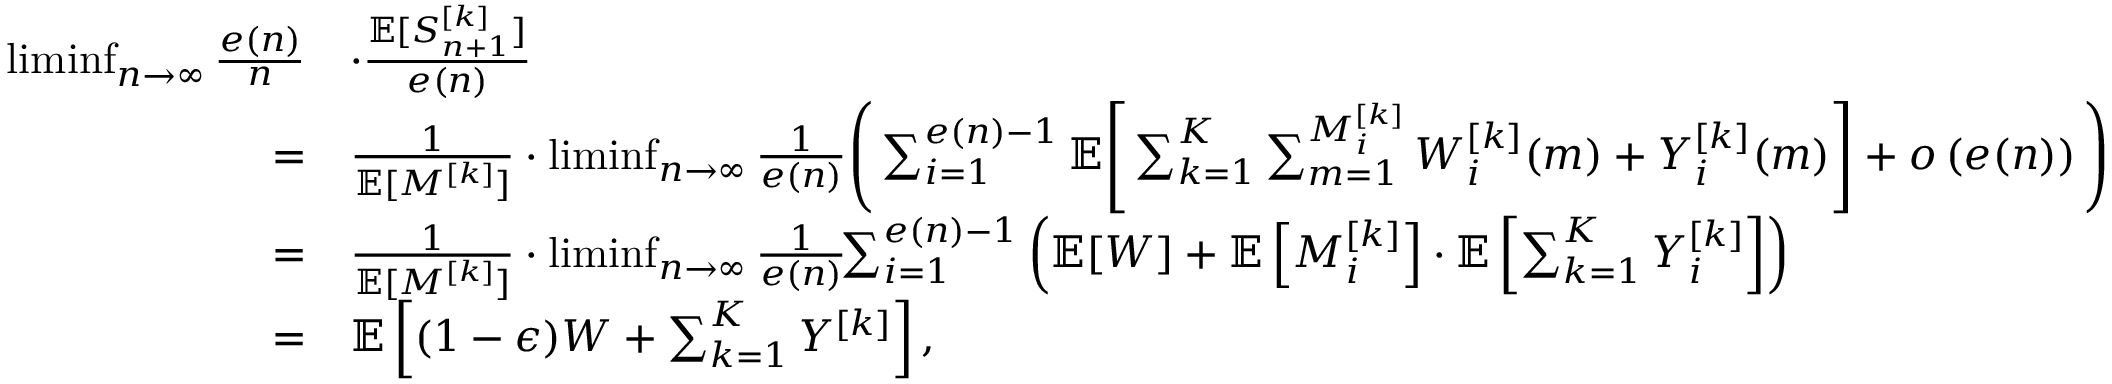
\begin{array} { r l } { \operatorname* { l i m i n f } _ { n \rightarrow \infty } \frac { e ( n ) } { n } } & { \cdot \frac { { \mathbb { E } } [ S _ { n + 1 } ^ { [ k ] } ] } { e ( n ) } } \\ { = } & { \frac { 1 } { { \mathbb { E } } [ M ^ { [ k ] } ] } \cdot \operatorname* { l i m i n f } _ { n \rightarrow \infty } \frac { 1 } { e ( n ) } \Bigg ( \sum _ { i = 1 } ^ { e ( n ) - 1 } { \mathbb { E } } \Bigg [ \sum _ { k = 1 } ^ { K } \sum _ { m = 1 } ^ { M _ { i } ^ { [ k ] } } W _ { i } ^ { [ k ] } ( m ) + Y _ { i } ^ { [ k ] } ( m ) \Bigg ] + o \left( e ( n ) \right) \Bigg ) } \\ { = } & { \frac { 1 } { { \mathbb { E } } [ M ^ { [ k ] } ] } \cdot \operatorname* { l i m i n f } _ { n \rightarrow \infty } \frac { 1 } { e ( n ) } \! \! \sum _ { i = 1 } ^ { e ( n ) - 1 } \left( { \mathbb { E } } [ W ] + { \mathbb { E } } \left[ M _ { i } ^ { [ k ] } \right] \cdot { \mathbb { E } } \left[ \sum _ { k = 1 } ^ { K } Y _ { i } ^ { [ k ] } \right] \right) } \\ { = } & { { \mathbb { E } } \left[ ( 1 - \epsilon ) W + \sum _ { k = 1 } ^ { K } Y ^ { [ k ] } \right] , } \end{array}